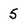
Character: 5